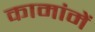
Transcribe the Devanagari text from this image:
कामांमें